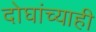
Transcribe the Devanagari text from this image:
दोघांच्‍याही